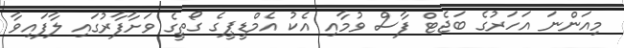
މިއަންނަ އަހަރުގެ ބަޖެޓް ފާސް ވުމާއި އެކު އެމްޑީޕީގެ ގޯތީގެ ވަށާފާރުގައި ލާފައިވާ